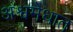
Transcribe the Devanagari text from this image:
अश्वमेधात